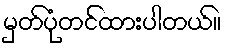
မှတ်ပုံတင်ထားပါတယ်။